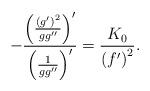
LaTeX: \begin{align*}-\frac{\left( \frac{\left( g^{\prime }\right) ^{2}}{gg^{\prime \prime }}\right) ^{\prime }}{\left( \frac{1}{gg^{\prime \prime }}\right) ^{\prime }}=\frac{K_{0}}{\left( f^{\prime }\right) ^{2}}. \end{align*}